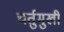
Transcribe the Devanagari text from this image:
चर्तुमुखी